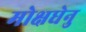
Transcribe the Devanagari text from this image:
मोक्षधेनु